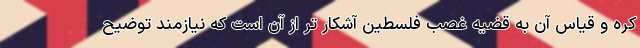
کره و قیاس آن به قضیه غصب فلسطین آشکار تر از آن است که نیازمند توضیح